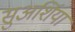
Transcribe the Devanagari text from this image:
सुअर्शिया